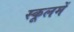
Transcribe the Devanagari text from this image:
स्कूलमें